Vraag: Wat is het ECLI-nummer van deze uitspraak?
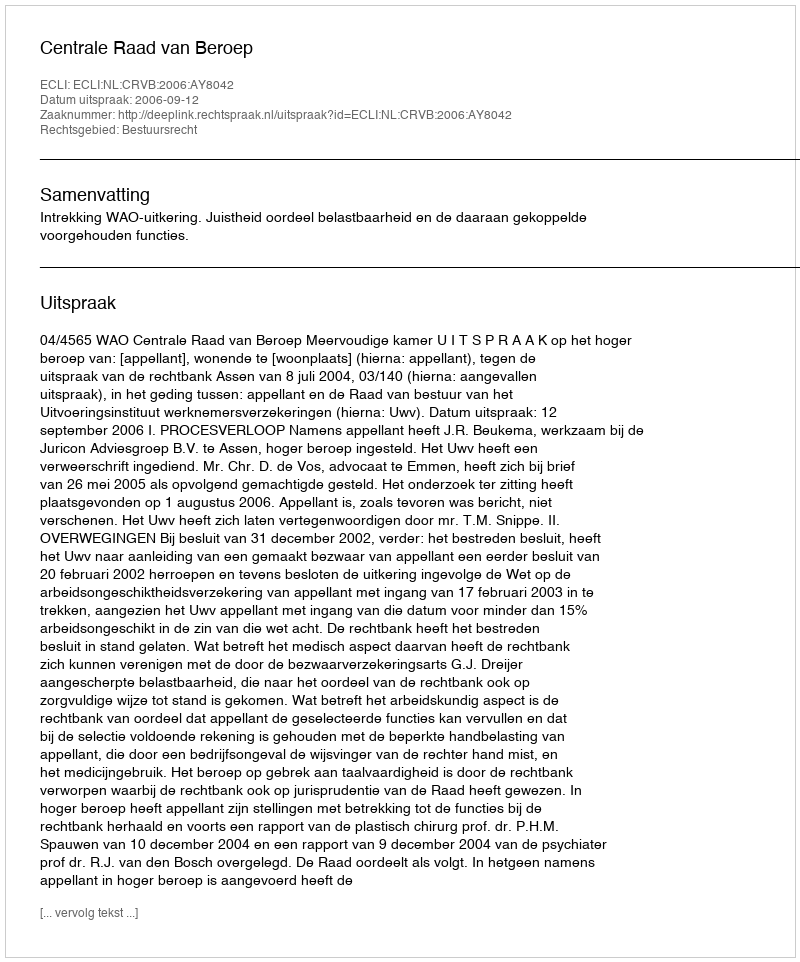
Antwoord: ECLI:NL:CRVB:2006:AY8042